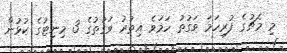
މި މެޗުގެ ފުރިހަމަ ވަގުތު ހަމަވެ އިތުރު ވަގުތުގެ 3 މިނިޓުގެ ކުޅުން